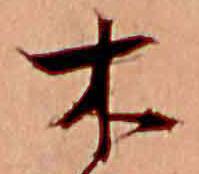
木